65_HS1-834228961_62-HQ-83894_Section_10
Agency: FBI
Page 12
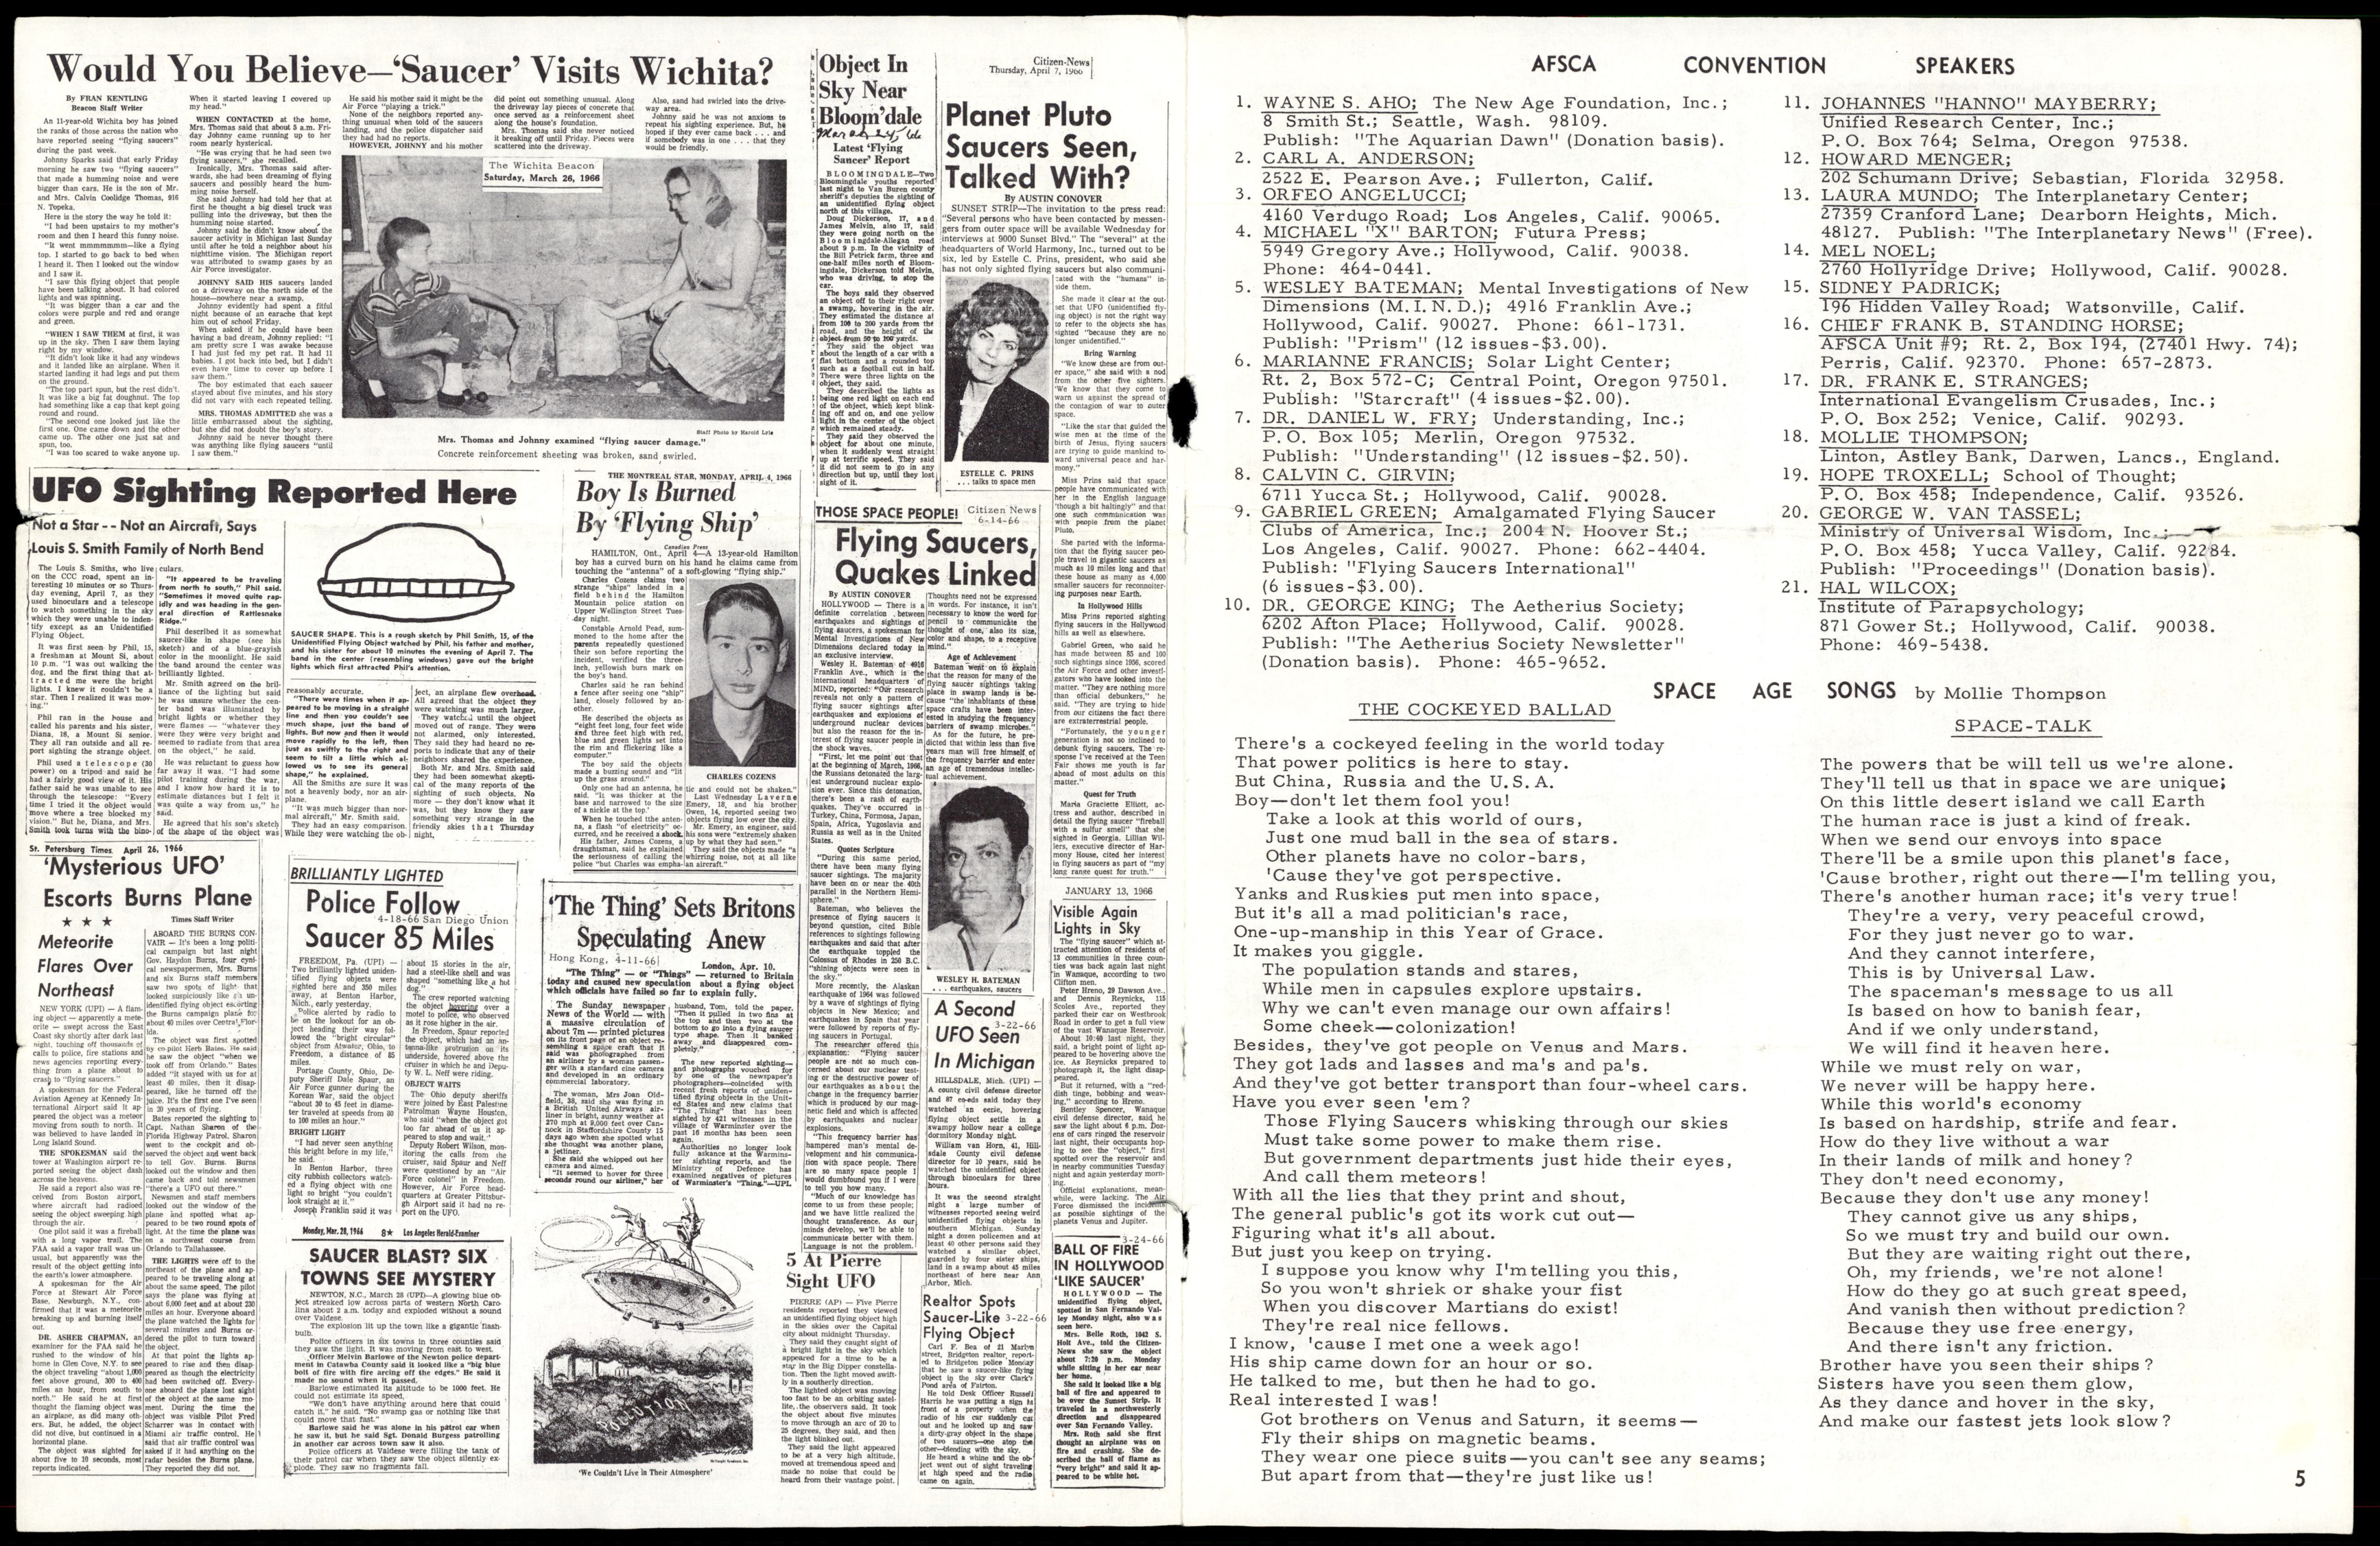